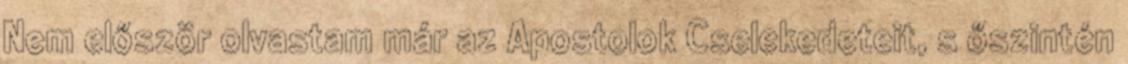
Nem először olvastam már az Apostolok Cselekedeteit, s őszintén